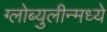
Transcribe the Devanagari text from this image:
ग्लोब्युलीन्मध्ये